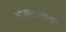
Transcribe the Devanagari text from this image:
अपोस्तोलातुस